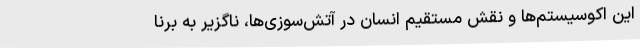
این اکوسیستم‌ها و نقش مستقیم انسان در آتش‌سوزی‌ها، ناگزیر به برنا